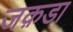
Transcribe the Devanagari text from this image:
जक़डा